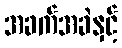
အခက်အခဲနှင့်